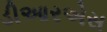
ડીઆરએસ